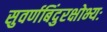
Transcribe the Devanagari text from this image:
सुवर्णबिंदुरक्षोभ्यः